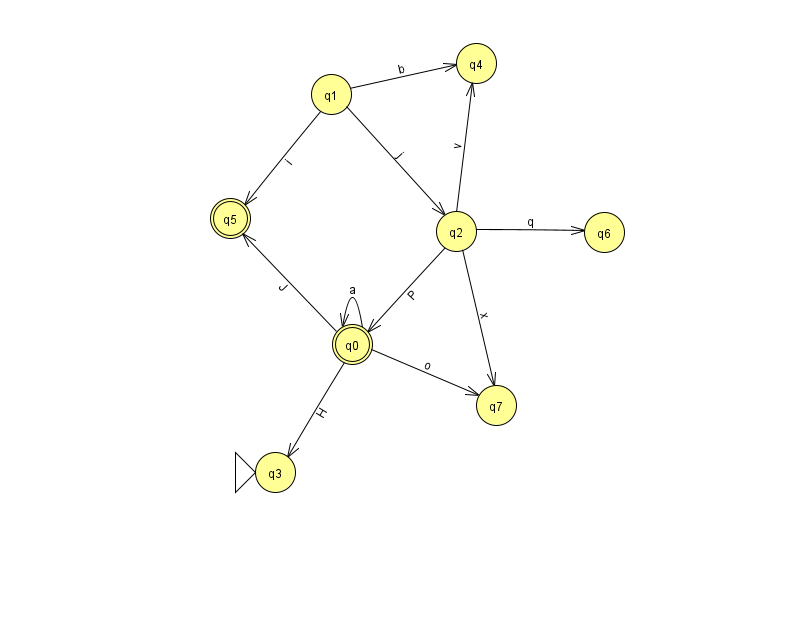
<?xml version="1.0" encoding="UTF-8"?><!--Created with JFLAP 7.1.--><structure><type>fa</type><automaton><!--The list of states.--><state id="0" name="q0"><x>352.0</x><y>331.0</y><final/></state><state id="1" name="q1"><x>331.0</x><y>81.0</y></state><state id="2" name="q2"><x>456.0</x><y>218.0</y></state><state id="3" name="q3"><x>275.0</x><y>459.0</y><initial/></state><state id="4" name="q4"><x>476.0</x><y>50.0</y></state><state id="5" name="q5"><x>230.0</x><y>205.0</y><final/></state><state id="6" name="q6"><x>604.0</x><y>219.0</y></state><state id="7" name="q7"><x>496.0</x><y>392.0</y></state><!--The list of transitions.--><transition><from>1</from><to>4</to><read>b</read></transition><transition><from>0</from><to>0</to><read>a</read></transition><transition><from>0</from><to>5</to><read>J</read></transition><transition><from>0</from><to>3</to><read>H</read></transition><transition><from>2</from><to>4</to><read>v</read></transition><transition><from>2</from><to>6</to><read>q</read></transition><transition><from>2</from><to>7</to><read>x</read></transition><transition><from>1</from><to>5</to><read>i</read></transition><transition><from>1</from><to>2</to><read>j</read></transition><transition><from>0</from><to>7</to><read>o</read></transition><transition><from>2</from><to>0</to><read>P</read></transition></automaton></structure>